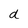
Character: d